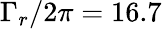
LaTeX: \Gamma_{r}/2\pi=16.7